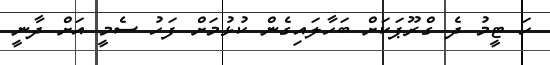
ހަ ޓީމު ދެ ގްރޫޕަކަށް ބަހާލައިގެން ކުޅުމަށް ފަހު ސެމީ އަށް ދާނީ